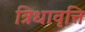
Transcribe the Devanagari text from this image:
त्रिधावृत्ति